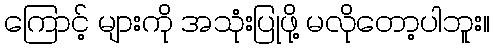
ကြောင့် များကို အသုံးပြုဖို့ မလိုတော့ပါဘူး။